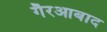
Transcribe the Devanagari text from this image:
गैरआबाद